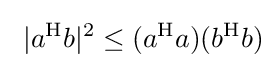
\ |a^{\mathrm {H} }b|^{2}\leq (a^{\mathrm {H} }a)(b^{\mathrm {H} }b)